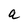
Character: a